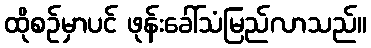
ထိုစဉ်မှာပင် ဖုန်းခေါ်သံမြည်လာသည်။